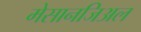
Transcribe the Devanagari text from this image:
मेसानजिअल